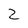
Character: 2